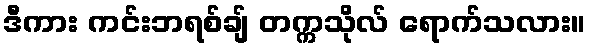
ဒီကား ကင်းဘရစ်ချ် တက္ကသိုလ် ရောက်သလား။